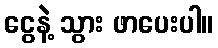
ငွေနဲ့ သွား ဖာပေးပါ။